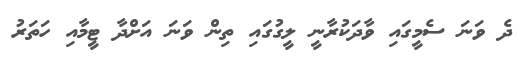
ދެ ވަނަ ސެމީގައި ވާދަކުރާނީ ލީގުގައި ތިން ވަނަ އަށްދާ ޓީމާއި ހަތަރު